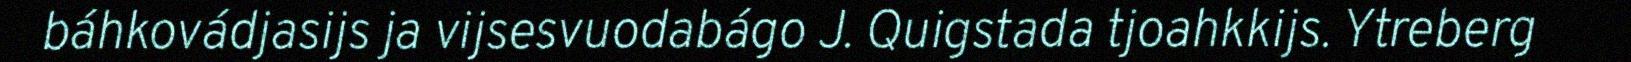
báhkovádjasijs ja vijsesvuodabágo J. Quigstada tjoahkkijs. Ytreberg